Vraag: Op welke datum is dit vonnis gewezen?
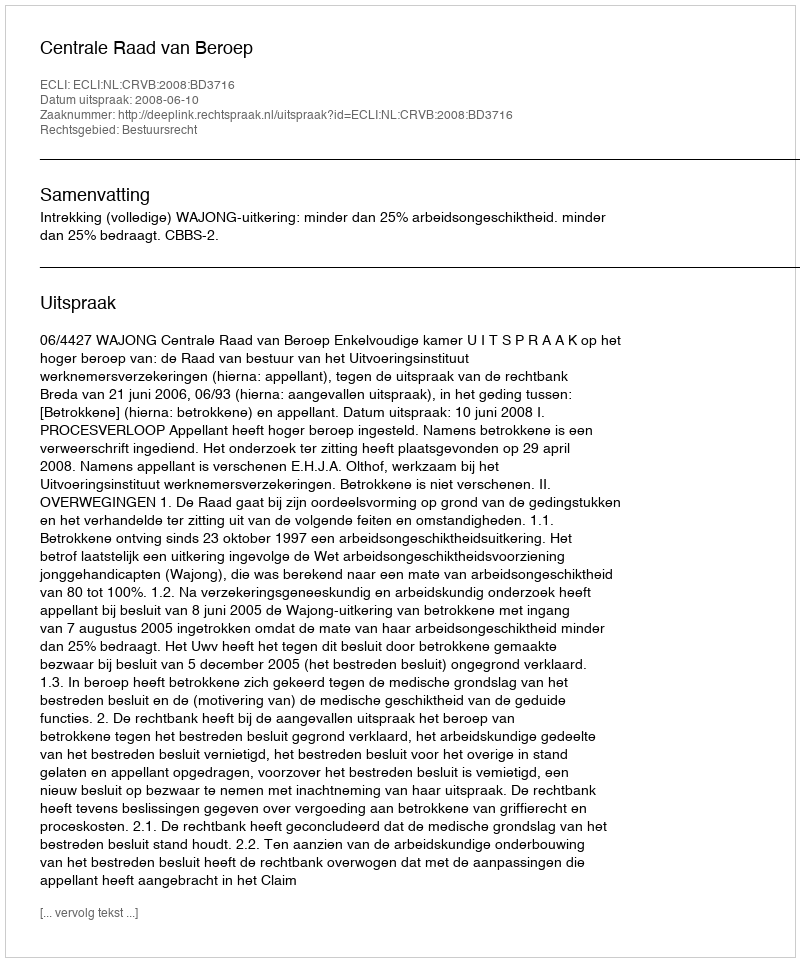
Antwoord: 2008-06-10